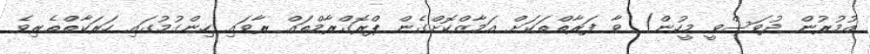
އުމުރުން ދުވަސްވީ މީހުން) ވާ ފަރާތްތަކަށް އަމާޒްކޮށްގެން ޕްރޮގްރާމްތައް ރާވައި ހިންގުމުގައި ހަރަކާތްތެރިވެ